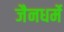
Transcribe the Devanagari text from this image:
जैनधर्मे